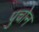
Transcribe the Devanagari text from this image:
पुचोन